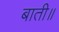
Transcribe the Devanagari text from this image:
बाती॥